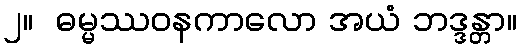
၂။  ဓမ္မဿဝနကာလော အယံ ဘဒ္ဒန္တာ။